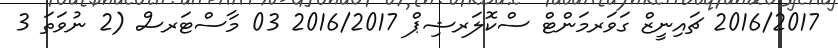
2016/2017 ޗައިނީޒް ގަވަރމަންޓް ސްކޮލަރޝިޕް 2016/2017 03 މާސްޓަރސް (2 ނުވަތަ 3